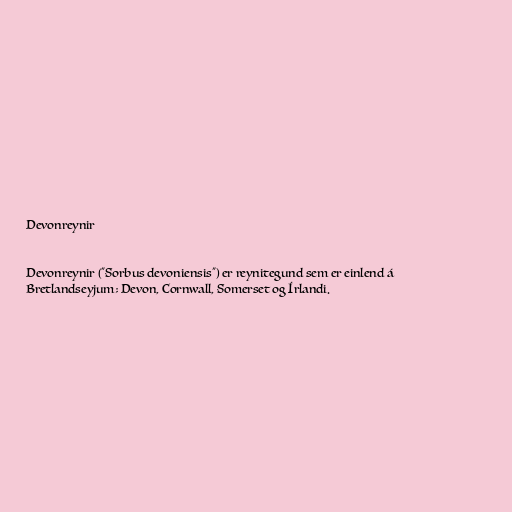
Devonreynir

Devonreynir ("Sorbus devoniensis") er reynitegund sem er einlend á
Bretlandseyjum; Devon, Cornwall, Somerset og Írlandi.